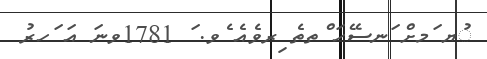
ުޔ ަމށް ަނސޭހަ ްތތެ ިރވެއެ ެވ. ަ 1781ވނަ އަ ަހރު